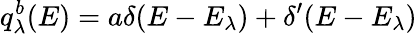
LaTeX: q_{\lambda}^{b}(E)=a\delta(E-E_{\lambda})+\delta^{\prime}(E-E_{\lambda})